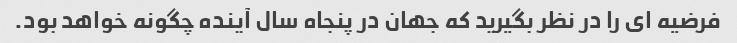
فرضیه ای را در نظر بگیرید که جهان در پنجاه سال آینده چگونه خواهد بود.